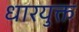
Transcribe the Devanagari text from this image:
धारयुक्त